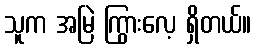
သူက အမြဲ ကြွားလေ့ ရှိတယ်။